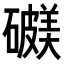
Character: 𥖺